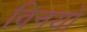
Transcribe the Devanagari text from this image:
विनयो